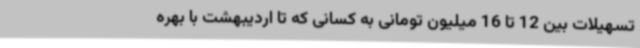
تسهیلات بین 12 تا 16 میلیون تومانی به کسانی که تا اردیبهشت با بهره